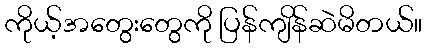
ကိုယ့်အတွေးတွေကို ပြန်ကျိန်ဆဲမိတယ်။